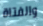
والفتاة